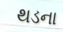
થડના